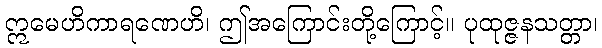
ဣမေဟိကာရဏေဟိ၊ ဤအကြောင်းတို့ကြောင့်။ ပုထုဇ္ဇနသတ္တာ၊